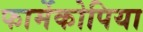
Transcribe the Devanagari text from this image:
फार्मेकोपिया